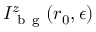
I _ { \mathrm { ~ b ~ g ~ } } ^ { z } ( \boldsymbol { r } _ { 0 } , \epsilon )